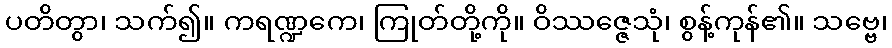
ပတိတွာ၊ သက်၍။ ကရဏ္ဍကေ၊ ကြုတ်တို့ကို။ ဝိဿဇ္ဇေသုံ၊ စွန့်ကုန်၏။ သဗ္ဗေ၊